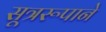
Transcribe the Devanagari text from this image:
सूत्ररूपाने